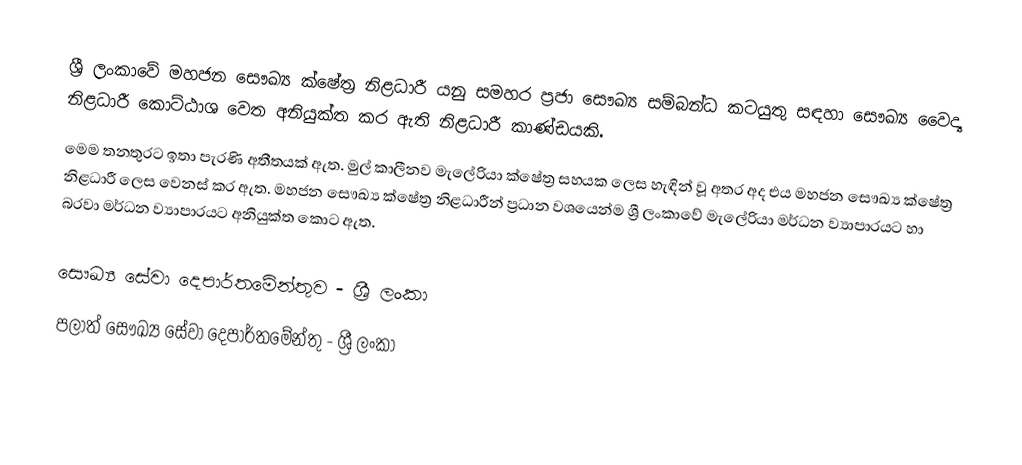
ශ්‍රී ලංකාවේ මහජන සෞඛ්‍ය ක්ෂේත්‍ර නිළධාරී යනු සමහර ප්‍රජා සෞඛ්‍ය සම්බන්ධ කටයුතු සඳහා සෞඛ්‍ය වෛද්‍ය නිළධාරී කොට්ඨාශ වෙත අනියුක්ත කර ඇති නිළධාරී කාණ්ඩයකි.
මෙම තනතුරට ඉතා පැරණි අතීතයක් ඇත. මුල් කාලීනව මැලේරියා ක්ෂේත්‍ර සහයක ලෙස හැඳින් වූ අතර අද එය මහජන සෞඛ්‍ය ක්ෂේත්‍ර නිළධාරී ලෙස ‍වෙනස් කර ඇත. මහජන සෞඛ්‍ය ‍ක්ෂේත්‍ර නිළධාරීන් ප්‍රධාන වශයෙන්ම ශ්‍රී ලංකාවේ මැලේරියා මර්ධන ව්‍යාපාරයට හා බරවා මර්ධන ව්‍යාපාරයට අනියුක්ත කොට ඇත.

සෞඛ්‍ය සේවා දෙපාර්තමේන්තුව - ශ්‍රී ලංකා
පලාත් සෞඛ්‍ය සේවා දෙපාර්තමේන්තු - ශ්‍රී ලංකා